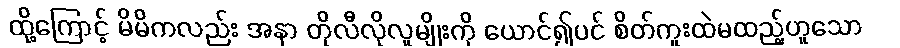
ထို့ကြောင့် မိမိကလည်း အနာ တိုလီလိုလူမျိုးကို ယောင်၍ပင် စိတ်ကူးထဲမထည့်ဟူသော